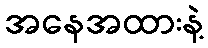
အနေအထားနဲ့